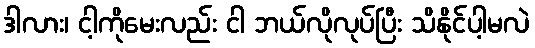
ဒါလား၊ ငါ့ကိုမေးလည်း ငါ ဘယ်လိုလုပ်ပြီး သိနိုင်ပါ့မလဲ